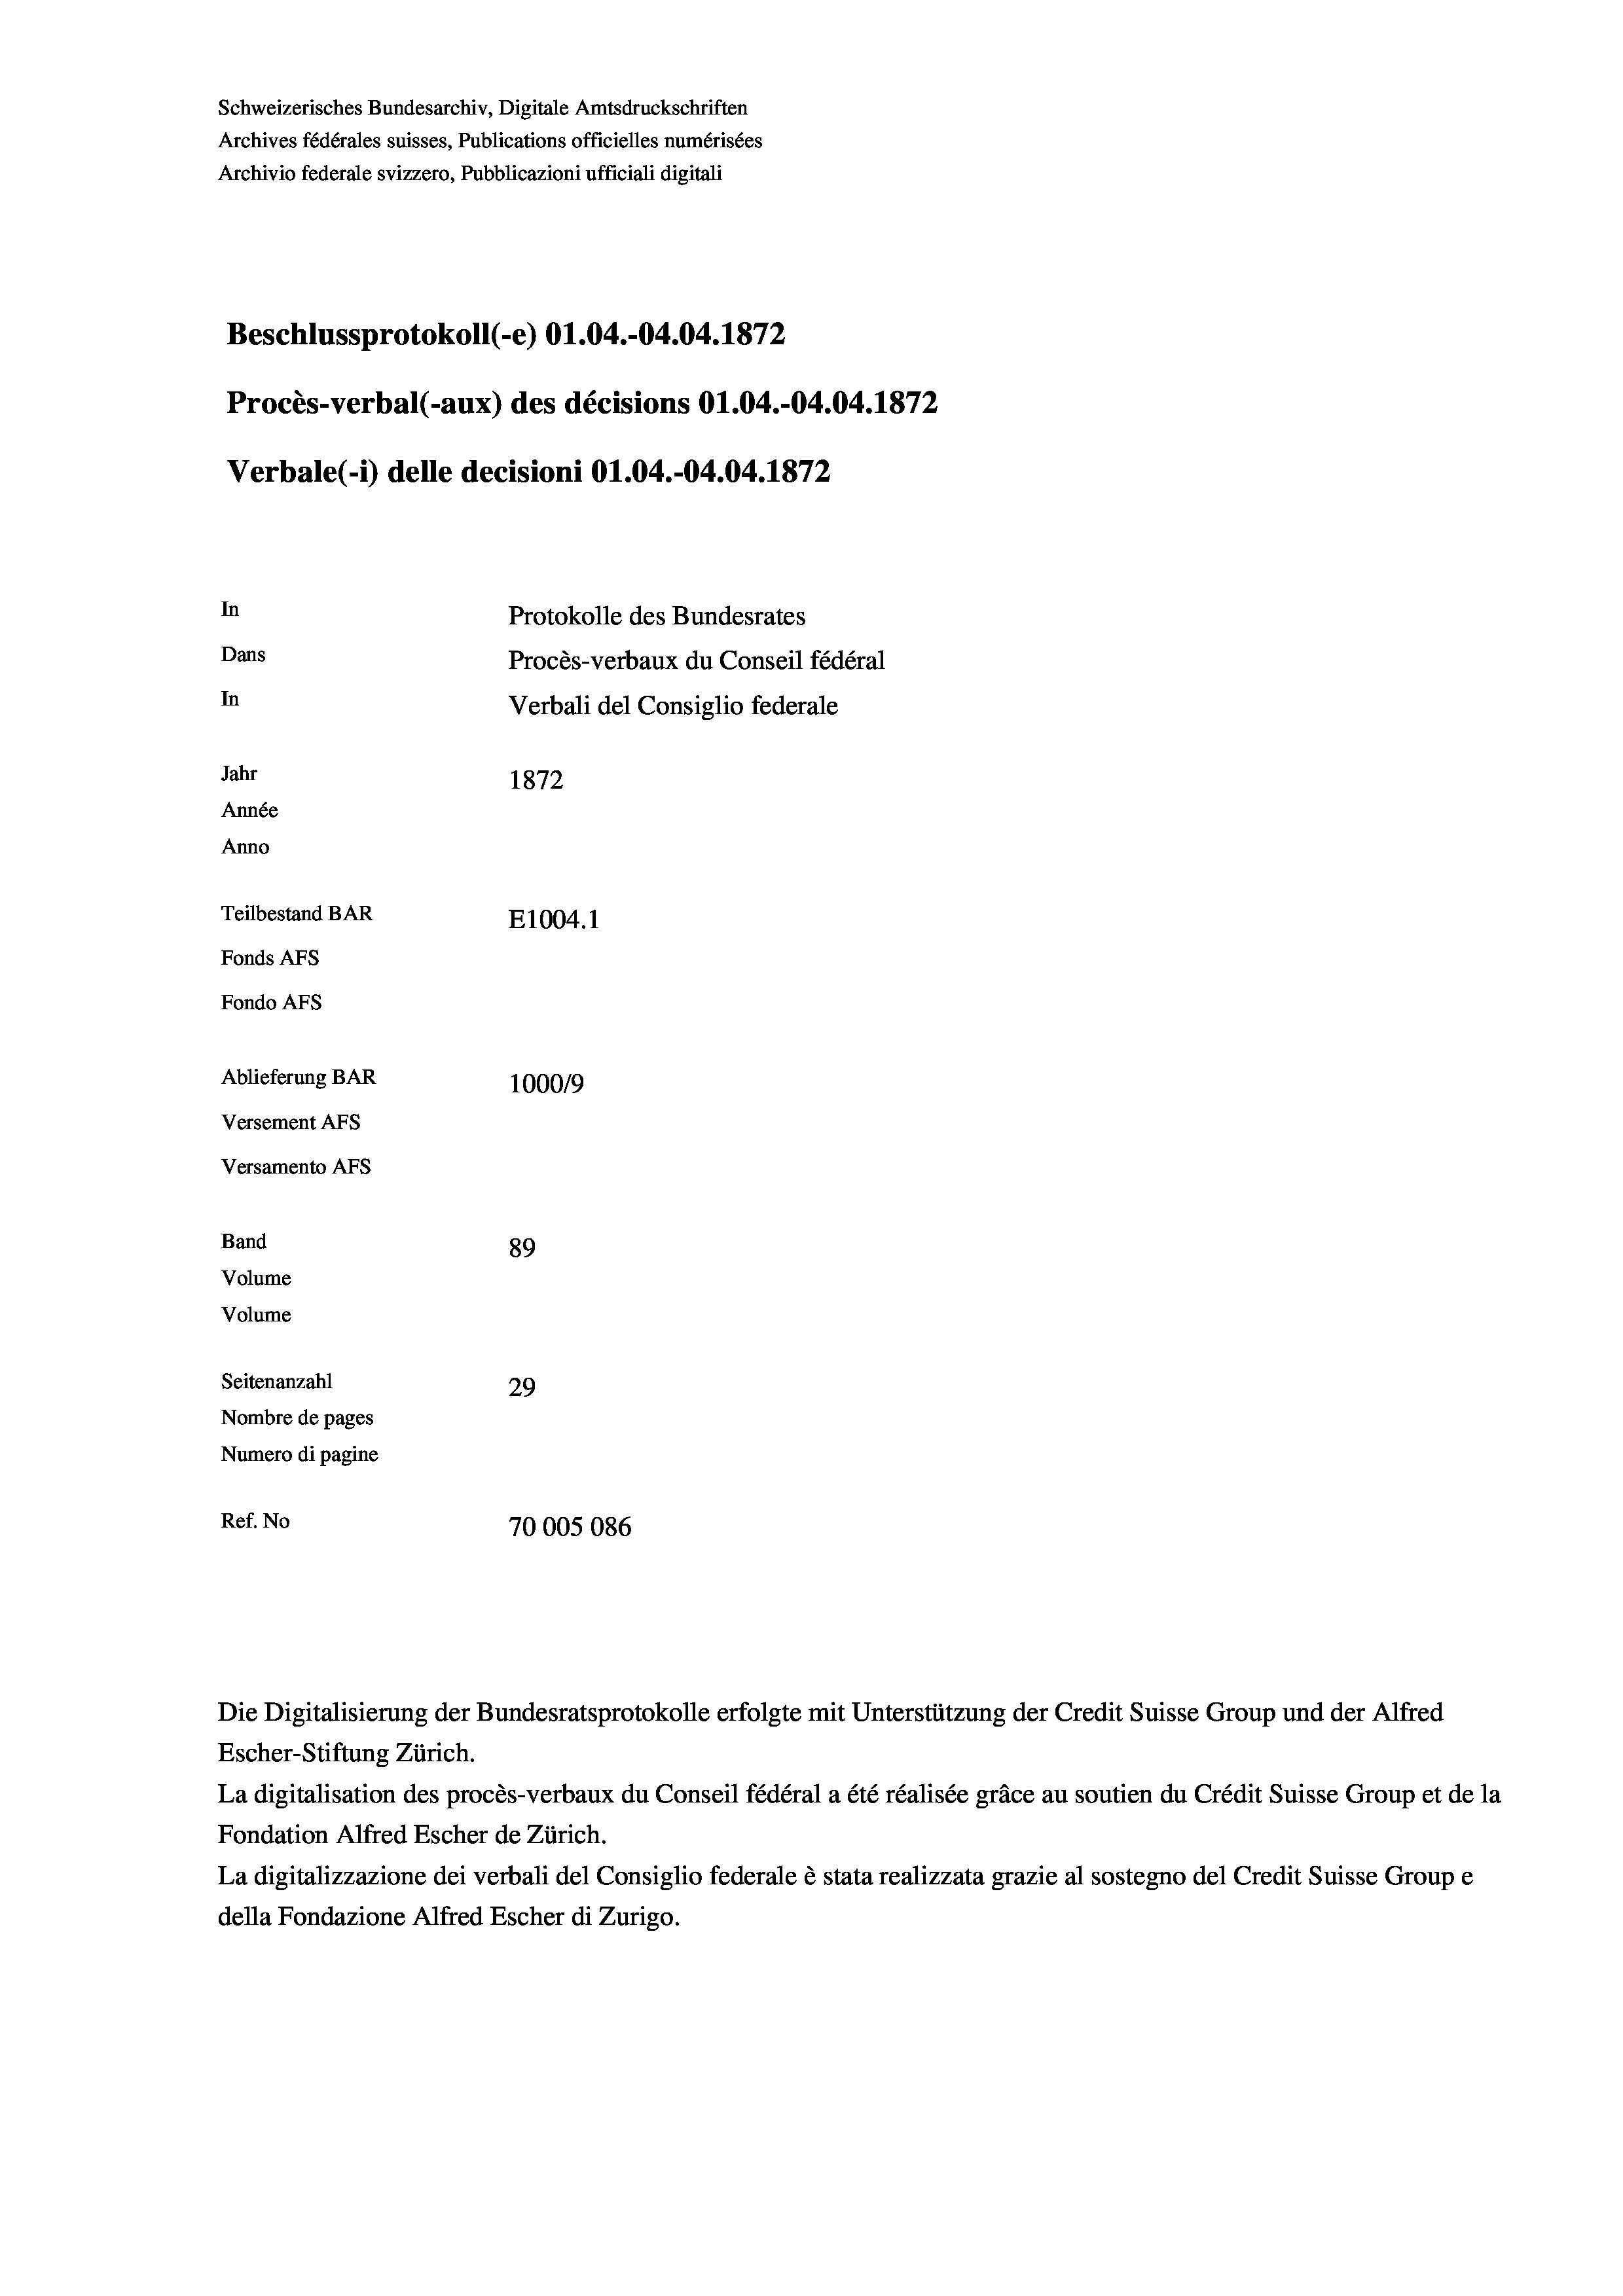
Schweizerisches Bundesarchiv, Digitale Amtsdruckschriften
Archives fédérales suisses, Publications officielles numérisées
Archivio federale svizzero, Pubblicazioni ufficiali digitali
Beschlussprotokoll (-e) O1.04.-04.04. 1872
Procès-verbal (-aux) des décisions O1.04.-04.04. 1872
Verbale (1) delle decisioni O1.04.-04.04. 1872
In
Protokolle des Bundesrates
Dans
Procès-verbaux du Conseil fédéral
In
Verbali del Consiglio federale
Jahr
1872
Année
Anno
Teilbestand BAR
E1004. 1
Fonds AFs
Fondo Afs
Ablieferung BAR
1000/9
Versement AFs
Versamento AFs
Band
89
Volume
Volume
Seitenanzahl
29

Nombre de pages
Numero di pagine
Ref. No
70005086

Escher-Stiftung Zürich.
La digitalisation des procès-verbaux du Conseil fédéral a été réalisée gräce au soutien du Crédit Suisse Group et de la
Fondation Alfred Escher de Zürich.
La digitalizzazione dei verbali del Consiglio federale è stata realizzata grazie al sostegno del Credit Suisse Groupe
della Fondazione Alfred Escher di Zurigo.

Die Digitalisierung der Bundesratsprotokolle erfolgte mit Unterstützung der Credit Suisse Group und der Alfred

t